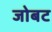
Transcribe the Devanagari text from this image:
जोबट